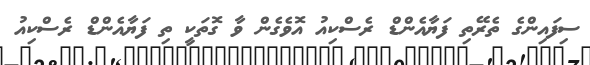
ސިފައިންގެ ތެރޭތި ފަޔާއެންޑް ރެސްކިއު އޮވެގެން ވާ ގޮތަކީ ތި ފަޔާއެންޑް ރެސްކިއު